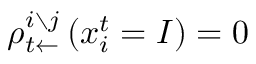
\rho _ { t \leftarrow } ^ { i \setminus j } \left( x _ { i } ^ { t } = I \right) = 0